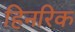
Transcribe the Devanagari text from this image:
हिनरिक